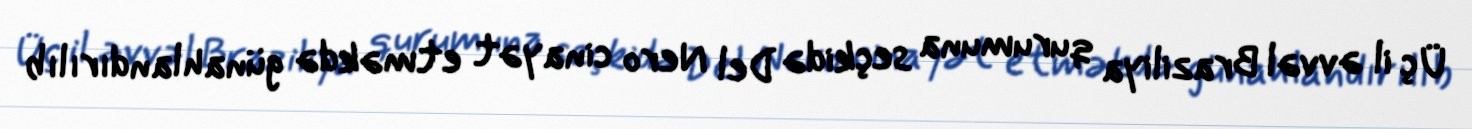
Üç il əvvəl Braziliya qurumuna seçkidə Del Nero cinayət etməkdə günahlandırılıb